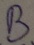
Text: B